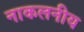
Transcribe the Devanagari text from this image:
नाकलनीय